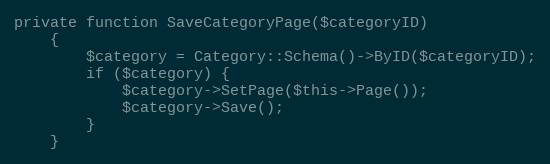
Language: PHP
private function SaveCategoryPage($categoryID)
    {
        $category = Category::Schema()->ByID($categoryID);
        if ($category) {
            $category->SetPage($this->Page());
            $category->Save();
        }
    }